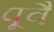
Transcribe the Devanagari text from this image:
पूवै